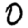
Digit: 0